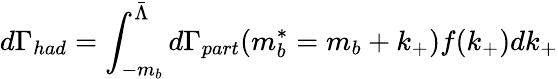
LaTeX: d\Gamma_{had}=\int_{-m_{b}}^{\bar{\Lambda}}d\Gamma_{part}(m_{b}^{*}=m_{b}+k_{+})f(k_{+})dk_{+}